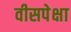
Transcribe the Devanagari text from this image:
वीसपेक्षा